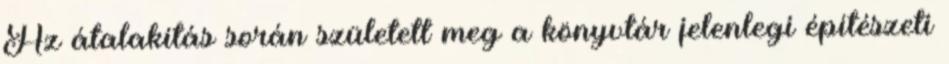
Az átalakítás során született meg a könyvtár jelenlegi építészeti